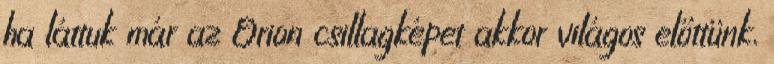
ha láttuk már az Orion csillagképet akkor világos előttünk,